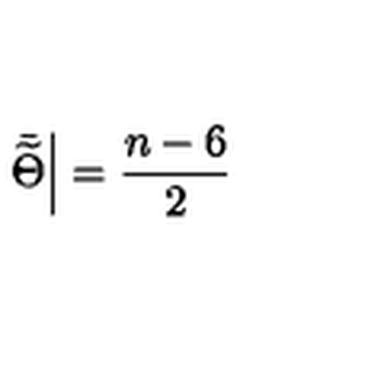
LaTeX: \left. \bar { \widetilde { \Theta } } \right| = \frac { n - 6 } { 2 }